Insane asylums in Bengal annual reports 1876-1887 - 1876-1887
Year: 1876
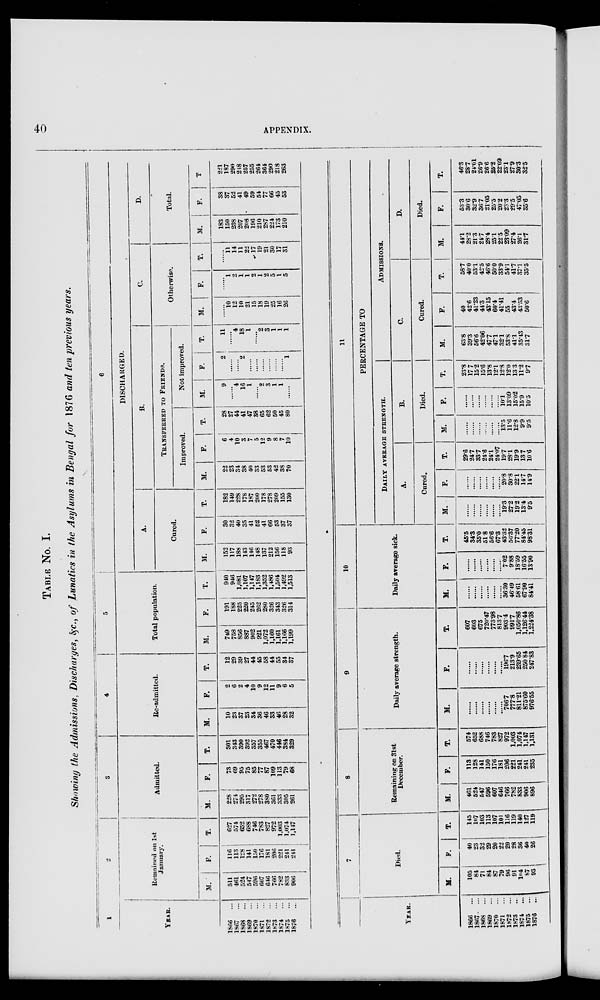
40
APPENDIX.
TABLE No. I
Showing the Admissions, Discharges, &c., of Lunatics in the Asylums in Bengal for 1876 and ten previous years.
1
YEAR.
1866 ...
1867
...
1868
...
1869
...
1870
...
1871 ...
1872
...
1873
...
1874
...
1875
...
1876
...
2
Remained on 1st
January.
M.
511
461
524
547
596
607
646
766
782
833
906
F.
116
113
128
141
150
176
181
206
221
241
241
T.
627
574
652
688
746
783
827
972
1,003
1,074
1,147
3
Admitted.
M.
228
274
295
317
272
278
380
361
333
305
261
F.
73
69
95
75
85
77
87
109
113
79
68
T.
301
343
390
392
357
355
467
470
446
384
329
4
Re-admitted.
M.
10
23
37
23
34
36
46
33
46
28
32
F.
2
6
2
4
10
9
12
11
9
6
5
T.
12
29
39
27
44
45
58
44
55
34
37
5
Total population.
M.
749
758
856
887
902
921
1,072
1,160
1,161
1,166
1,199
F.
191
188
225
220
245
262
280
326
343
326
314
T.
940
946
1,081
1,107
1,147
1,183
1,352
1,486
1,504
1,492
1,513
6
DISCHARGED.
A.
Cured.
M.
152
117
188
143
146
148
137
212
156
118
93
F.
30
32
40
35
41
52
41
66
53
37
37
T.
182
149
228
178
187
200
178
278
209
155
130
B.
TRANSFERRED TO FRIENDS.
Improved.
M.
22
23
34
38
40
33
53
53
42
38
70
F.
6
4
10
3
7
5
12
9
8
7
10
T.
28
27
44
41
47
38
65
62
50
45
80
Not improved.
M.
9
......
4
16
1
......
2
3
1
1
......
F.
2
......
...
2
.......
......
......
......
......
......
1
T.
11
......
4
18
1
......
2
3
1
1
1
C.
Otherwise.
M.
......
10
12
10
21
15
18
19
25
16
26
F.
......
1
2
1
1
2
1
2
5
1
5
T.
......
11
14
11
22
17
19
21
30
17
31
D.
Total.
M.
183
150
238
207
208
196
210
287
224
173
210
F.
38
37
52
41
49
59
54
77
66
45
53
T
221
187
290
248
257
255
264
364
290
218
263
YEAR.
1866
...
1867
...
1868
...
1869
...
1870
...
1871
...
1872
...
1873
...
1874
...
1875
...
1876
...
7
Died.
M.
105
84
71
84
87
79
96
91
104
87
93
F.
40
23
32
29
20
22
20
28
36
40
26
T.
145
107
103
113
107
101
116
119
140
127
119
8
Remaining on 31st
December.
M.
461
524
547
596
607
646
766
782
833
906
896
F.
113
128
141
150
176
181
206
221
241
241
235
T.
574
652
688
746
783
827
972
1,003
1,074
1,147
1,131
9
Daily average strength.
M.
......
......
......
......
......
......
706.7
777.8
811.21
875.60
976.55
F.
......
......
......
......
......
......
196.7
213.9
239.65
250.84
247.83
T.
607
603
675
720.47
773.98
813.7
903.4
991.7
1,050.86
1,126.44
1,224.38
10
Daily average sick.
M.
......
......
......
......
......
......
36.30
46.49
58.61
67.90
84.41
F.
......
......
......
......
......
......
7.02
9.88
18.59
16.55
13.90
T.
45.5
34.3
35.0
51.8
56.6
67.3
43.32
56.37
77.20
84.45
98.31
11
PERCENTAGE TO
DAILY AVERAGE STRENGTH.
A.
Cured.
M.
......
......
......
......
......
......
19.3
27.2
19.2
13.4
9.5
F.
......
......
......
......
......
......
20.8
30.8
22.1
14.7
14.9
T.
29.6
24.7
33.7
24.6
24.1
24.07
19.7
28.1
19.9
13.7
10.6
B.
Died.
M.
......
......
......
......
......
......
13.5
11.6
12.8
9.9
9.5
F.
......
......
......
......
......
......
10.1
13.09
15.02
15.9
10.5
T.
23.8
17.7
15.2
15.6
13.8
12.1
12.8
12.0
13.3
11.2
9.7
ADMISSIONS.
C.
Cured.
M.
63.8
39.3
56.6
42.06
47.7
47.1
32.1
53.8
41.1
35.43
31.7
F.
40
42.6
41.23
44.3
43.15
60.4
41.41
55
43.4
43.53
50.6
T.
58.7
40.0
53.1
42.5
46.6
50.0
33.9
54.1
41.7
37.1
35.5
D.
Died.
M.
44.1
28.2
21.3
24.7
28.4
25.1
22.5
23.09
27.4
26.1
31.7
F.
53.3
30.6
32.9
36.7
21.05
25.5
20.2
23.3
29.5
47.05
35.6
T.
46.3
28.7
24.01
26.9
26.6
25.2
22.09
23.1
27.9
30.3
32.5